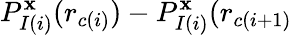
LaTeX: P_{I(i)}^{\mathbf{x}}(r_{c(i)})-P_{I(i)}^{\mathbf{x}}(r_{c(i+1)}